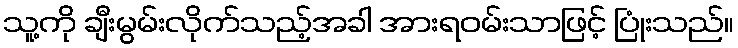
သူ့ကို ချီးမွမ်းလိုက်သည့်အခါ အားရဝမ်းသာဖြင့် ပြုံးသည်။